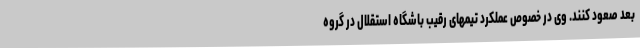
بعد صعود کنند. وی در خصوص عملکرد تیمهای رقیب باشگاه استقلال در گروه